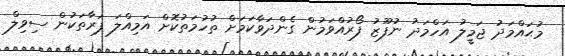
މުޙައްމަދު ޖަމީލު އަހްމަދު ނުފޫޒު ފޯރުއްވަމުން ގެންދަވާކަމަށް ތުހުމަތުކޮށް އަމިއްލަ ފަރާތަކުން ސިވިލް